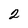
Character: 2